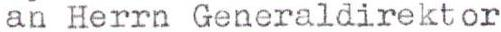
an Herrn Generaldirektor